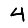
Digit: 4